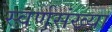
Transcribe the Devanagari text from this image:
स्वर्णसंख्या